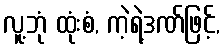
လူ့ဘုံ ထုံးစံ, ကဲ့ရဲ့ဒဏ်ဖြင့်,